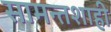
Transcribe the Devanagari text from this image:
सामन्तशाही